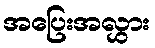
အပြေးအလွှား